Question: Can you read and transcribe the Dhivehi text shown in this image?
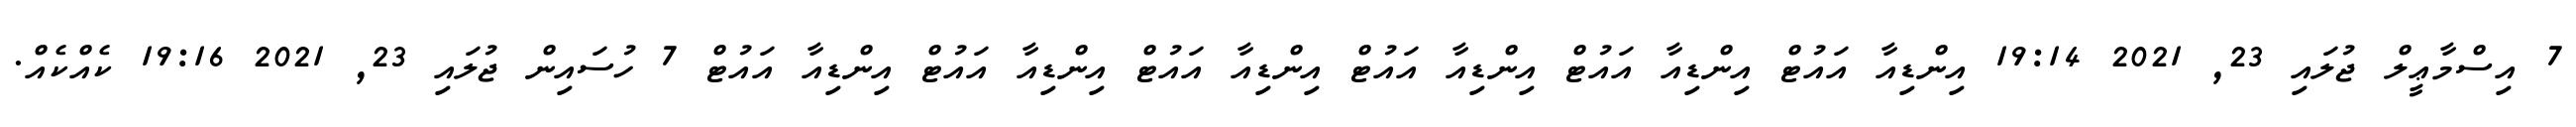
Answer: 7 އިސްމާޢީލް ޖުލައި 23, 2021 19:14 އިންޑިއާ އައުޓް އިންޑިއާ އައުޓް އިންޑިއާ އައުޓް އިންޑިއާ އައުޓް އިންޑިއާ އައުޓް އިންޑިއާ އައުޓް 7 ހުސައިން ޖުލައި 23, 2021 19:16 ކެއްކެއް.